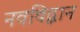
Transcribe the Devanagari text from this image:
नवविद्वान